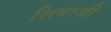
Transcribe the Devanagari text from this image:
शिबाजी